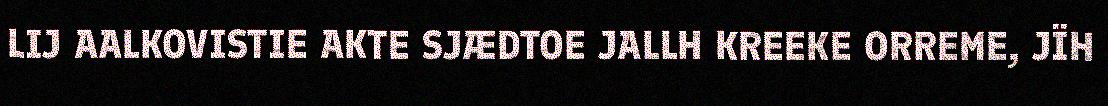
LIJ AALKOVISTIE AKTE SJÆDTOE JALLH KREEKE ORREME, JÏH